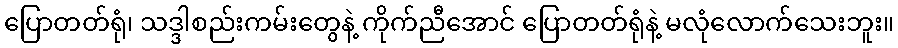
ပြောတတ်ရုံ၊ သဒ္ဒါစည်းကမ်းတွေနဲ့ ကိုက်ညီအောင် ပြောတတ်ရုံနဲ့ မလုံလောက်သေးဘူး။